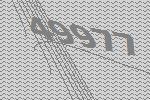
49977